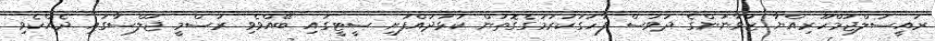
ރައީސުލްޖުމްހޫރިއްޔާ ޒުވާނުންގެ ދުވަސް ފާހަގަކުރުމުގެގޮތުން ކުޅުދުއްފުށި ސީޓީގައި ބޭއްވެވި ރަސްމީ ޖަލްސާގައި ދެއްކެވި